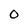
Character: 0